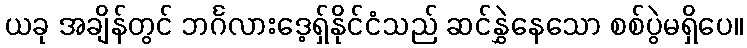
ယခု အချိန်တွင် ဘင်္ဂလားဒေ့ရှ်နိုင်ငံသည် ဆင်နွှဲနေသော စစ်ပွဲမရှိပေ။